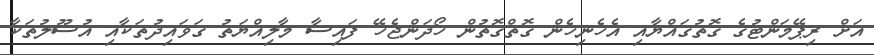
އަށް ރިޕޭމަންޓުގެ ގޮތުގައްޔާއި އެހެނިހެން ގޮތްގޮތުން ހޯދަންޖެހޭ ފައިސާ މާލިއްޔަތު ޤަވައިދުތަކާއި އުސޫލުތަކާ